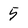
Character: 5